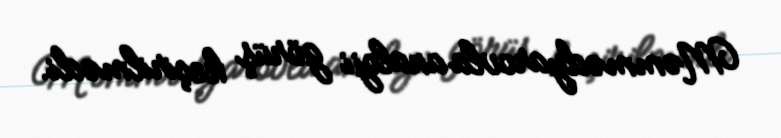
Məmmədyarovla analoji görüş keçirilmədi.